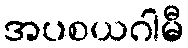
အပစယဂါမီ